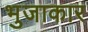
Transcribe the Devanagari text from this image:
भुजाकार